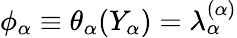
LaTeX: \phi_{\alpha}\equiv\theta_{\alpha}(Y_{\alpha})=\lambda_{\alpha}^{(\alpha)}